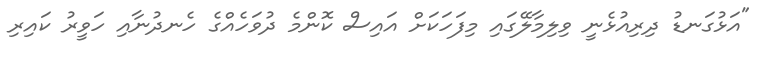
"އަޅުގަނޑު ދިރިއުޅެނީ ވިލިމާލޭގައި މިފަހަކަށް އައިސް ކޮންމެ ދުވަހެއްގެ ހެނދުނާއި ހަވީރު ކައިރި